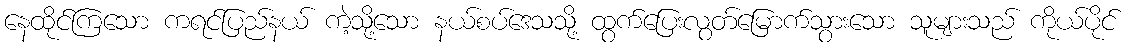
နေထိုင်ကြသော ကရင်ပြည်နယ် ကဲ့သို့သော နယ်စပ်ဒေသသို့ ထွက်ပြေးလွတ်မြောက်သွားသော သူများသည် ကိုယ်ပိုင်